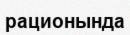
рационында